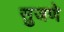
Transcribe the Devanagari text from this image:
सुजणे